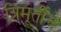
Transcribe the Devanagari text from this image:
त्रिमूर्तीचे